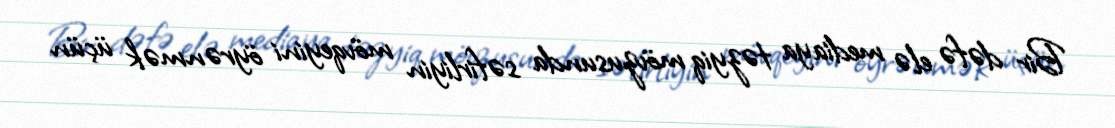
Bir dəfə elə mediaya təzyiq mövzusunda səfirliyin mövqeyini öyrənmək üçün